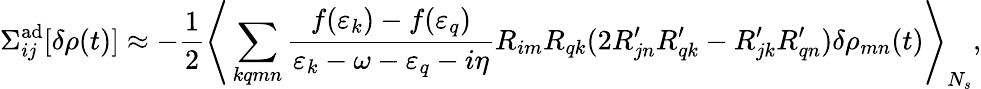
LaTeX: \Sigma_{ij}^{\mathrm{ad}}[\delta\rho(t)]\approx-\frac{1}{2}\Bigg\langle\sum_{kqmn}\frac{f(\varepsilon_{k})-f(\varepsilon_{q})}{\varepsilon_{k}-\omega-\varepsilon_{q}-i\eta}R_{im}R_{qk}(2R_{jn}^{\prime}R_{qk}^{\prime}-R_{jk}^{\prime}R_{qn}^{\prime})\delta\rho_{mn}(t)\Bigg\rangle_{N_{s}},